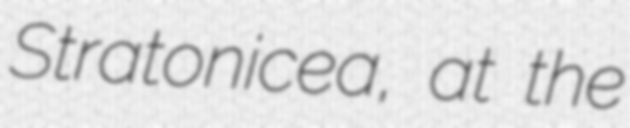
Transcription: Stratonicea, at the